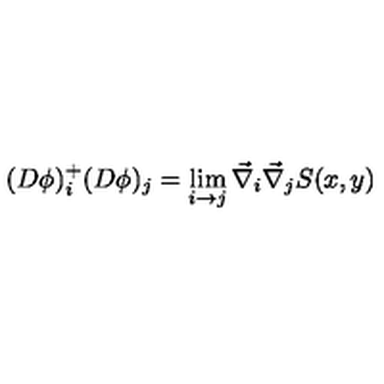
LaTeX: ( D \phi ) _ { i } ^ { + } ( D \phi ) _ { j } = \lim _ { i \rightarrow j } \vec { \nabla } _ { i } \vec { \nabla } _ { j } S ( x , y )